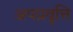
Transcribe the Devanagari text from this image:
अपप्रवृत्ति